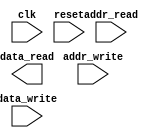
module	eeprom_controller(
	input		wire			clk,
	input		wire			reset,
	
	input		wire[10:0]	addr_write,
	input		wire[31:0]	data_write,

	input		wire[10:0]	addr_read,
	output	reg[31:0]	data_read
);

endmodule